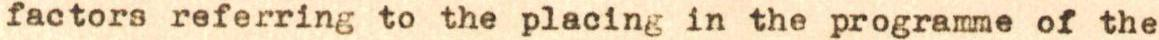
factors referring to the placing in the programme of the